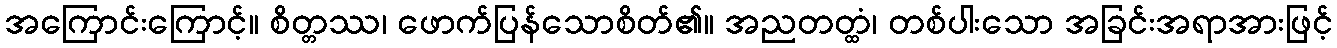
အကြောင်းကြောင့်။ စိတ္တဿ၊ ဖောက်ပြန်သောစိတ်၏။ အညတတ္ထံ၊ တစ်ပါးသော အခြင်းအရာအားဖြင့်